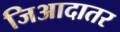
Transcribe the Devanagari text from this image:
जिआदातर